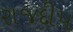
રાજદીપ